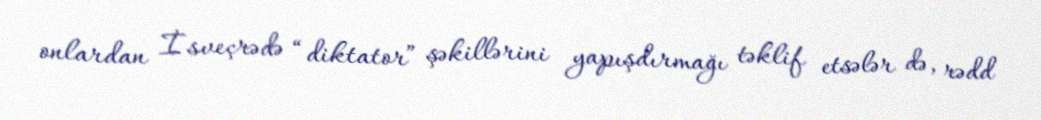
onlardan İsveçrədə “diktator” şəkillərini yapışdırmağı təklif etsələr də, rədd